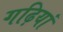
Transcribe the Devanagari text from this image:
गढ़ियां